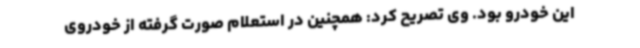
این خودرو بود. وی تصریح کرد: همچنین در استعلام صورت گرفته از خودروی